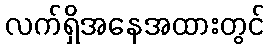
လက်ရှိအနေအထားတွင်